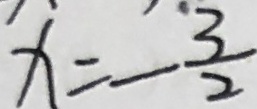
x = - \frac { 3 } { 2 }